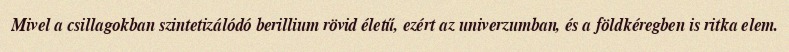
Mivel a csillagokban szintetizálódó berillium rövid életű, ezért az univerzumban, és a földkéregben is ritka elem.